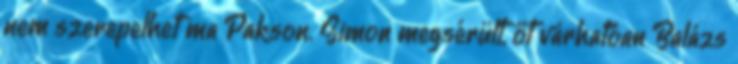
nem szerepelhet ma Pakson. Simon megsérült, őt várhatóan Balázs